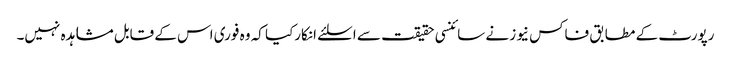
رپورٹ کے مطابق فاکس نیوز نے سائنسی حقیقت سے اسلئے انکارکیا کہ وہ فوری اس کے قابل مشاہدہ نہیں۔